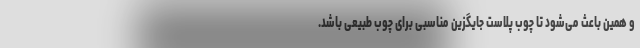
و همین باعث می‌‌شود تا چوب پلاست جایگزین مناسبی برای چوب طبیعی باشد.